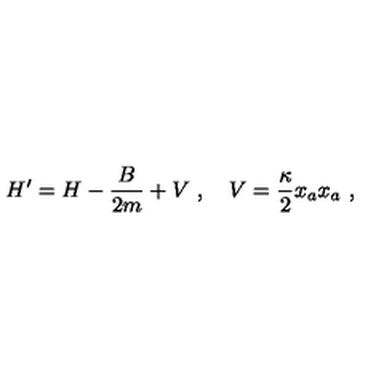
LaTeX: H ^ { \prime } = H - \frac { B } { 2 m } + V \ , \quad V = \frac { \kappa } { 2 } x _ { a } x _ { a } \ ,